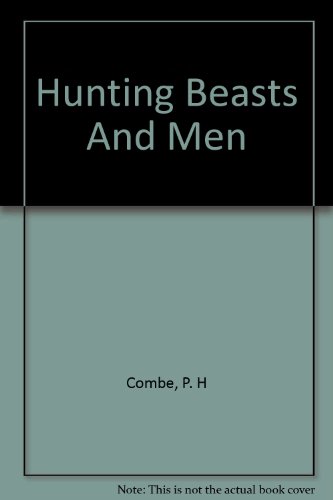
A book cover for Hunting beasts and men,; Philip Harvey Combe; Travel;